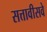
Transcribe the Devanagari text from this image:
सत्तावीसवे